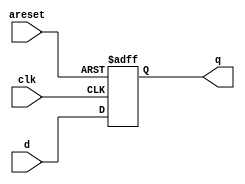
module top_module(
  input clk,
  input areset,
  input [7:0] d,
  output [7:0] q
);

reg [7:0] q_reg;

always @(posedge clk or posedge areset) begin
  if(areset) begin
    q_reg = 8'b0;
  end else begin
    q_reg = d;
  end
end

assign q = q_reg;

endmodule